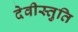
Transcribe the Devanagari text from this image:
देवीस्तुति